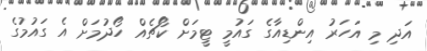
އަދި މި އަހަރު އިންޑިއާގެ ގައުމީ ޓީމަށް ކޯޗެއް ހޯދުމަށް އެ ގައުމުގެ